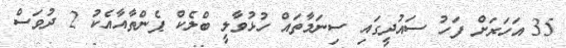
35 އަހަރަށް ފަހު ސައުދީގައި ސިނަމާތައް ހުޅުވާލީ ބްލެކް ޕެންތާއާއެކު 2 ދުވަސް